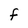
Character: F